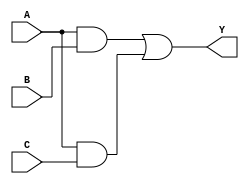
module SOP_Simplification (
    input wire A,      // First input
    input wire B,      // Second input
    input wire C,      // Third input
    output wire Y      // Output
);

// Internal wire declarations for product terms
wire A_and_B;          // Intermediate wire for A AND B
wire A_and_C;          // Intermediate wire for A AND C
wire B_and_C;          // Intermediate wire for B AND C
wire AB_or_AC;         // Intermediate wire for OR operation of chosen product terms

// Logic Implementation
// Example SOP Expression: Y = AB + AC (simplified from another expression)
assign A_and_B = A & B;  // AND operation for A and B
assign A_and_C = A & C;  // AND operation for A and C

// OR operation for the product terms
assign Y = A_and_B | A_and_C; // Y = A B + A C

endmodule